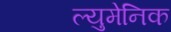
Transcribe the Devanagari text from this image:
ल्युमेनिक